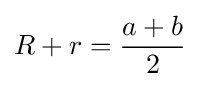
R+r={\frac {a+b}{2}}